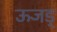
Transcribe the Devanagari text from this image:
ऊजड्